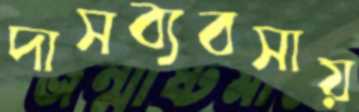
দাসব্যবসায়